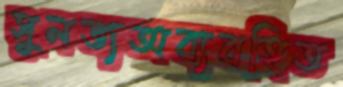
সুলভ্যঅব্যবহিত